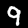
Digit: 9